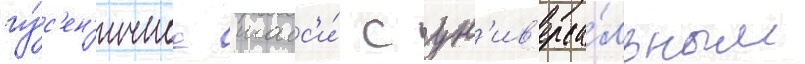
гу́с'ен'ичное шасс'и́ с ун'ив'ерса́льным